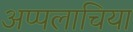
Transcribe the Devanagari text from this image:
अप्पलाचिया